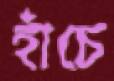
হাঁচে